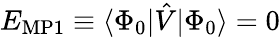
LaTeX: E_{\mathrm{MP1}}\equiv\langle\Phi_{0}|{\hat{V}}|\Phi_{0}\rangle=0